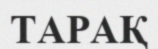
ТАРАҚ